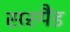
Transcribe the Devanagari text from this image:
सस्पैंड